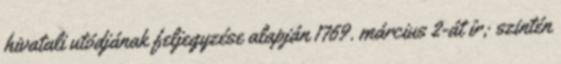
hivatali utódjának feljegyzése alapján 1769. március 2-át ír; szintén